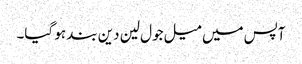
آپس میں میل جول لین دین بند ہو گیا۔